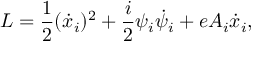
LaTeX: L = \frac { 1 } { 2 } ( \dot { x } _ { i } ) ^ { 2 } + \frac { i } { 2 } \psi _ { i } \dot { \psi } _ { i } + e A _ { i } \dot { x } _ { i } ,